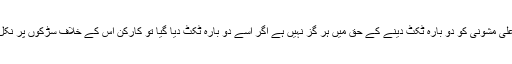
لیکن حلقے کے کا رکن کسی بھی صورت میں افتخار علی مشونی کو دو بارہ ٹکٹ دینے کے حق میں ہر گز نہیں ہے اگر اسے دو بارہ ٹکٹ دیا گیا تو کارکن اس کے خلاف سڑکوں پر نکل کر کسی بھی قر بانی سے ہر گز دریغ نہیں کرینگے ۔